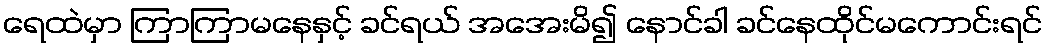
ရေထဲမှာ ကြာကြာမနေနှင့် ခင်ရယ် အအေးမိ၍ နောင်ခါ ခင်နေထိုင်မကောင်းရင်